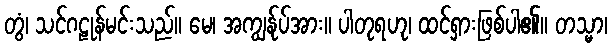
တွံ၊ သင်ဂဠုန်မင်းသည်။ မေ၊ အကျွန်ုပ်အား။ ပါတုရဟု၊ ထင်ရှားဖြစ်ပါ၏။ တသ္မာ၊